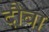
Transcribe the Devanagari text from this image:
दौबा